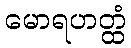
မောရဟတ္ထံ